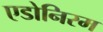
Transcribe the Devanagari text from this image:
एडोनिरम